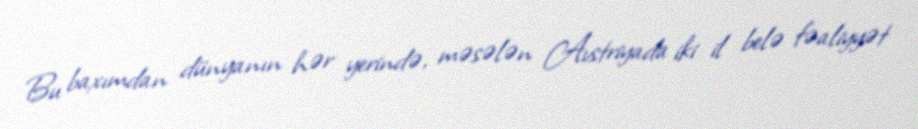
Bu baxımdan dünyanın hər yerində, məsələn Avstriyada iki il belə fəaliyyət